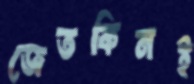
জেতকিনই